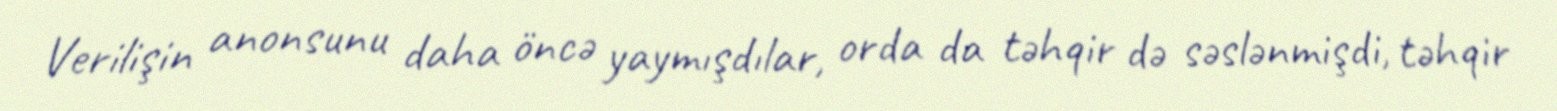
Verilişin anonsunu daha öncə yaymışdılar, orda da təhqir də səslənmişdi, təhqir